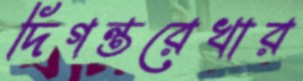
দিগন্তরেখার